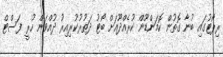
ރިޕޯޓުގައި ބުނާ ގޮތުން ކޮމަންޑޫން ކުރެއްދޫއަށް ބޯޓު ދަތުރުކުރިއިރު ދުއްވަން ހުރީ ފަސްޓް